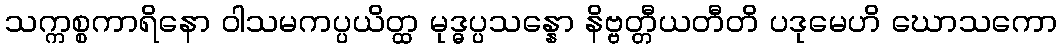
သက္ကစ္စကာရိနော ဝါသမကပ္ပယိတ္ထ မုဒ္ဓပ္ပသန္နော နိဗ္ဗတ္တီယတီတိ ပဒုမေဟိ ဃောသကော